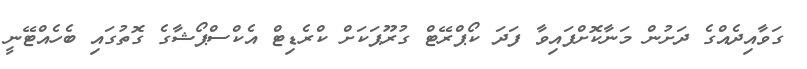
ގަވާއިދެއްގެ ދަށުން މަނާކޮށްފައިވާ ފަދަ ކޯޕްރޭޓް ގުރޫޕަކަށް ކްރެޑިޓް އެކްސްޕޯޝާގެ ގޮތުގައި ބެހެއްޓޭނީ